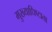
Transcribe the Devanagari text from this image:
मुख्याधिष्टाता